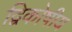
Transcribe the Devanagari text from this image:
द्विकोषीय